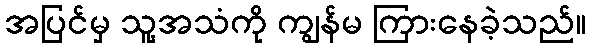
အပြင်မှ သူ့အသံကို ကျွန်မ ကြားနေခဲ့သည်။